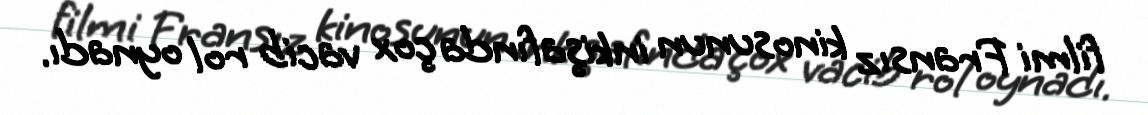
filmi Fransız kinosunun inkişafında çox vacib rol oynadı.